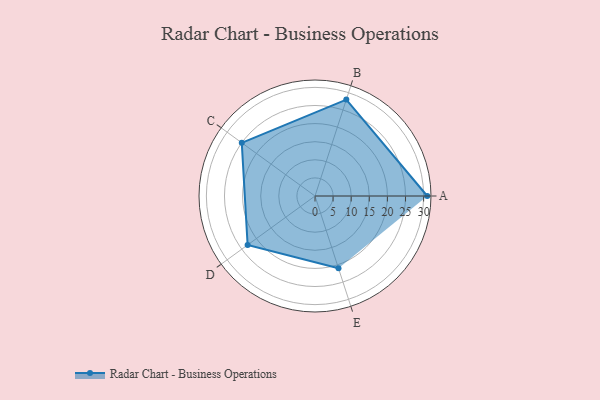
{"axis": {"x": "Skill", "y": "Score"}, "legend": ["Profile"], "data": [{"x": "A", "y": 31.0, "type": "Profile"}, {"x": "B", "y": 28.0, "type": "Profile"}, {"x": "C", "y": 25.0, "type": "Profile"}, {"x": "D", "y": 23.0, "type": "Profile"}, {"x": "E", "y": 21.0, "type": "Profile"}]}